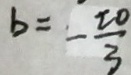
b = - \frac { 2 0 } { 3 }